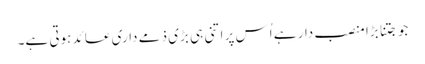
جو جتنا بڑا منصب دار ہے اُس پر اتنی ہی بڑی ذمے داری عائد ہوتی ہے۔